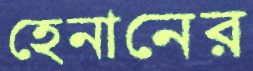
হেনানের